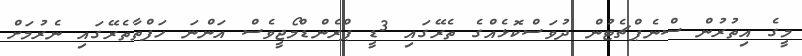
މީގެ އިތުރުން ސްނެޕްޗެޓުން ދުވަސްކޮޅެއްގެ ތެރޭގައި 3ޑީ ޕްރެންޑްމޯޖީވެސް އަންނަ ހަފްތާތެރޭގައި ނެރުމަށް